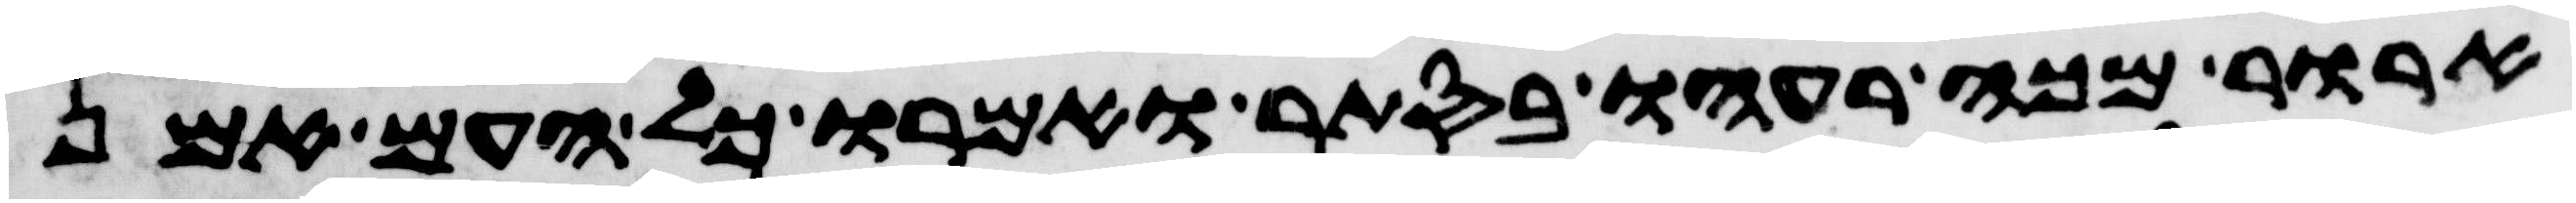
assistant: ארור מכה רעהו בסתר ואמרו כל העם אמן